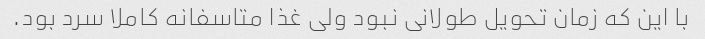
با این که زمان تحویل طولانی نبود ولی غذا متاسفانه کاملا سرد بود.